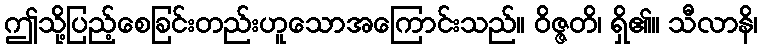
ဤသို့ပြည့်စေခြင်းတည်းဟူသောအကြောင်းသည်။ ဝိဇ္ဇတိ၊ ရှိ၏။ သီလာနိ၊